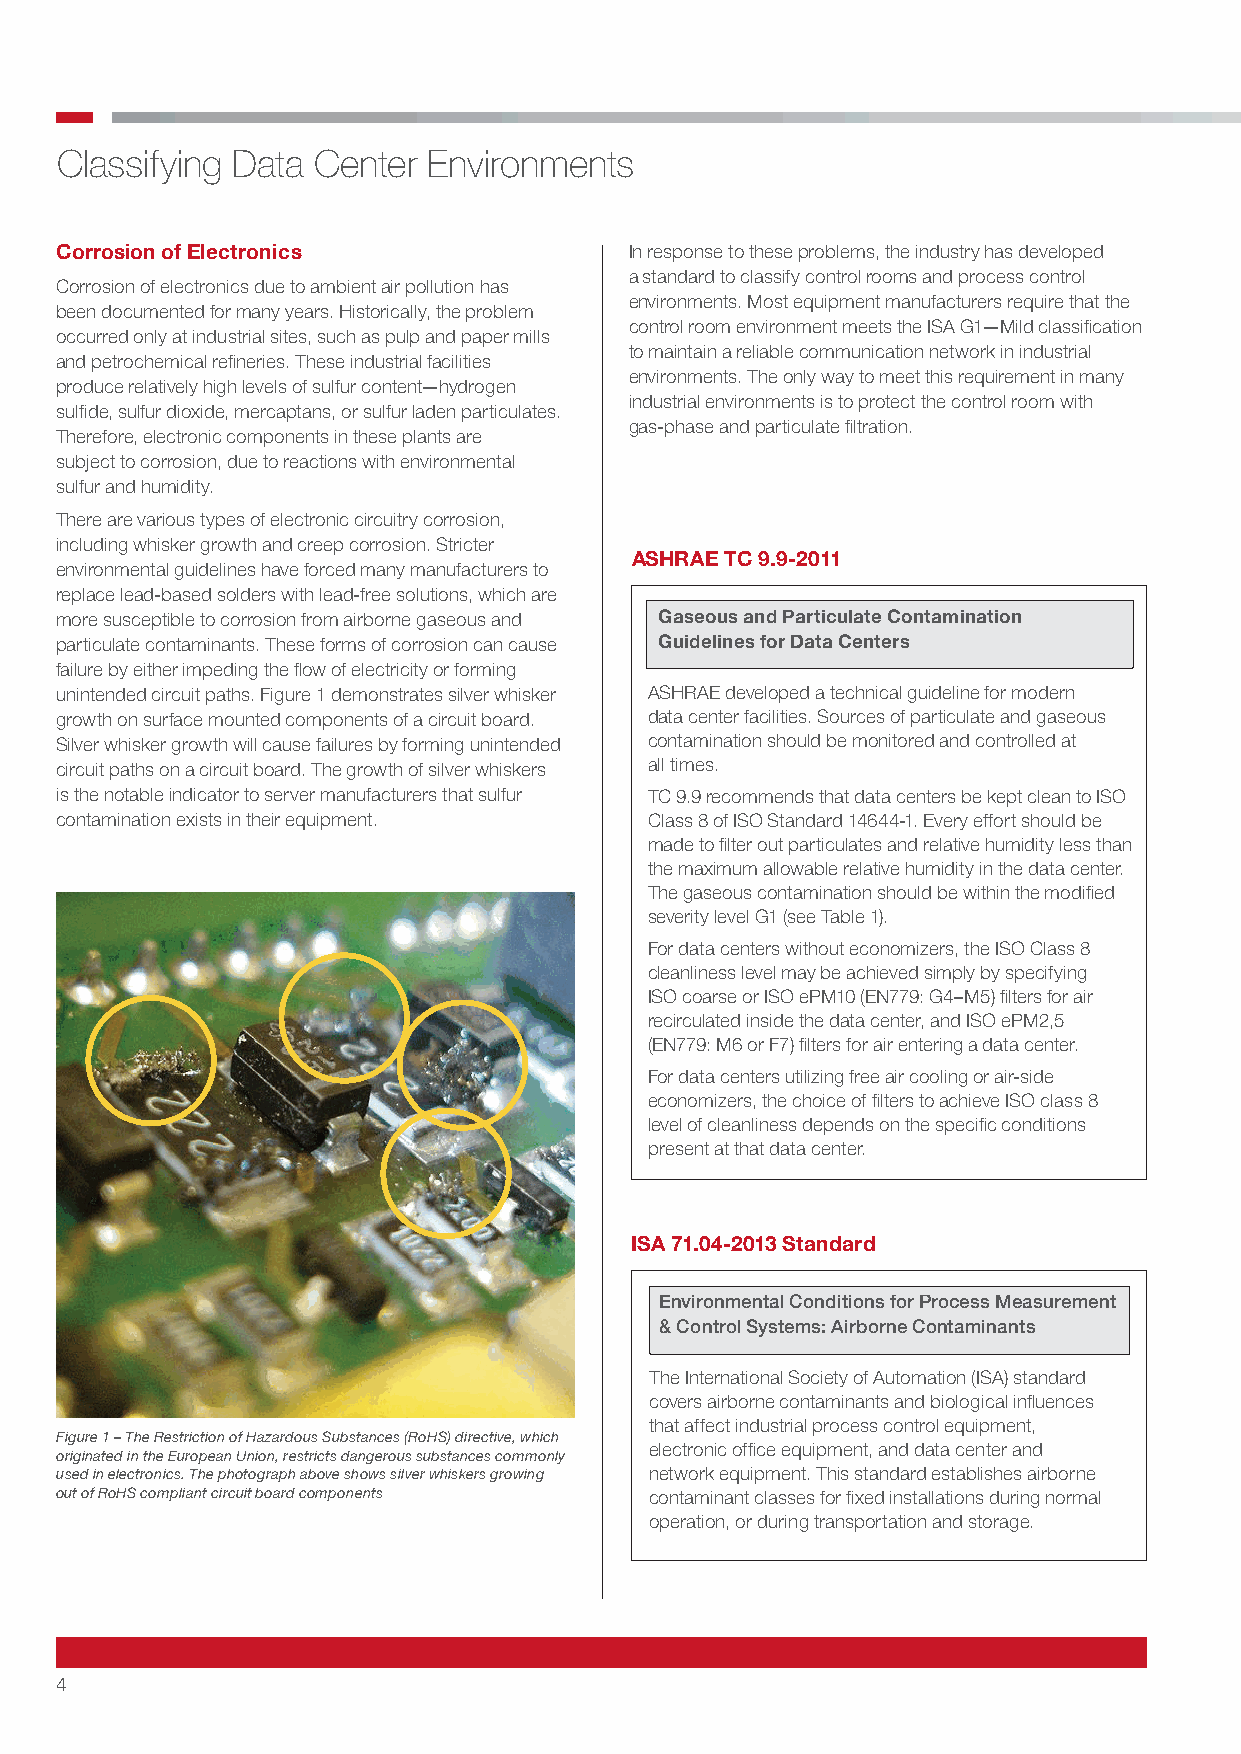
Classifying Data Center Environments
 Corrosion of Electronics              In response to these problems, the industry has developed
 a standard to classify control rooms and process control
 Corrosion of electronics due to ambient air pollution has
 environments. Most equipment manufacturers require that the
 been documented for many years. Historically, the problem
 control room environment meets the ISA G1—Mild classification
 occurred only at industrial sites, such as pulp and paper mills
 to maintain a reliable communication network in industrial
 and petrochemical refineries. These industrial facilities
 environments. The only way to meet this requirement in many
 produce relatively high levels of sulfur content—hydrogen
 industrial environments is to protect the control room with
 sulfide, sulfur dioxide, mercaptans, or sulfur laden particulates.
 gas-phase and particulate filtration.
 Therefore, electronic components in these plants are
 subject to corrosion, due to reactions with environmental
 sulfur and humidity.
 There are various types of electronic circuitry corrosion,
 including whisker growth and creep corrosion. Stricter
 ASHRAE TC 9.9-2011
 environmental guidelines have forced many manufacturers to
 replace lead-based solders with lead-free solutions, which are
 more susceptible to corrosion from airborne gaseous and Gaseous and Particulate Contamination
 particulate contaminants. These forms of corrosion can cause Guidelines for Data Centers
 failure by either impeding the flow of electricity or forming
 unintended circuit paths. Figure 1 demonstrates silver whisker ASHRAE developed a technical guideline for modern
 growth on surface mounted components of a circuit board. data center facilities. Sources of particulate and gaseous
 Silver whisker growth will cause failures by forming unintended contamination should be monitored and controlled at
 circuit paths on a circuit board. The growth of silver whiskers all times.
 is the notable indicator to server manufacturers that sulfur TC 9.9 recommends that data centers be kept clean to ISO
 contamination exists in their equipment. Class 8 of ISO Standard 14644-1. Every effort should be
 made to filter out particulates and relative humidity less than
 the maximum allowable relative humidity in the data center.
 The gaseous contamination should be within the modified
 severity level G1 (see Table 1).
 For data centers without economizers, the ISO Class 8
 cleanliness level may be achieved simply by specifying
 ISO coarse or ISO ePM10 (EN779: G4–M5) filters for air
 recirculated inside the data center, and ISO ePM2,5
 (EN779: M6 or F7) filters for air entering a data center.
 For data centers utilizing free air cooling or air-side
 economizers, the choice of filters to achieve ISO class 8
 level of cleanliness depends on the specific conditions
 present at that data center.
 ISA 71.04-2013 Standard
 Environmental Conditions for Process Measurement
 & Control Systems: Airborne Contaminants
 The International Society of Automation (ISA) standard
 covers airborne contaminants and biological influences
 that affect industrial process control equipment,
 Figure 1 – The Restriction of Hazardous Substances (RoHS) directive, which
 electronic office equipment, and data center and
 originated in the European Union, restricts dangerous substances commonly
 used in electronics. The photograph above shows silver whiskers growing network equipment. This standard establishes airborne
 out of RoHS compliant circuit board components contaminant classes for fixed installations during normal
 operation, or during transportation and storage.
 4